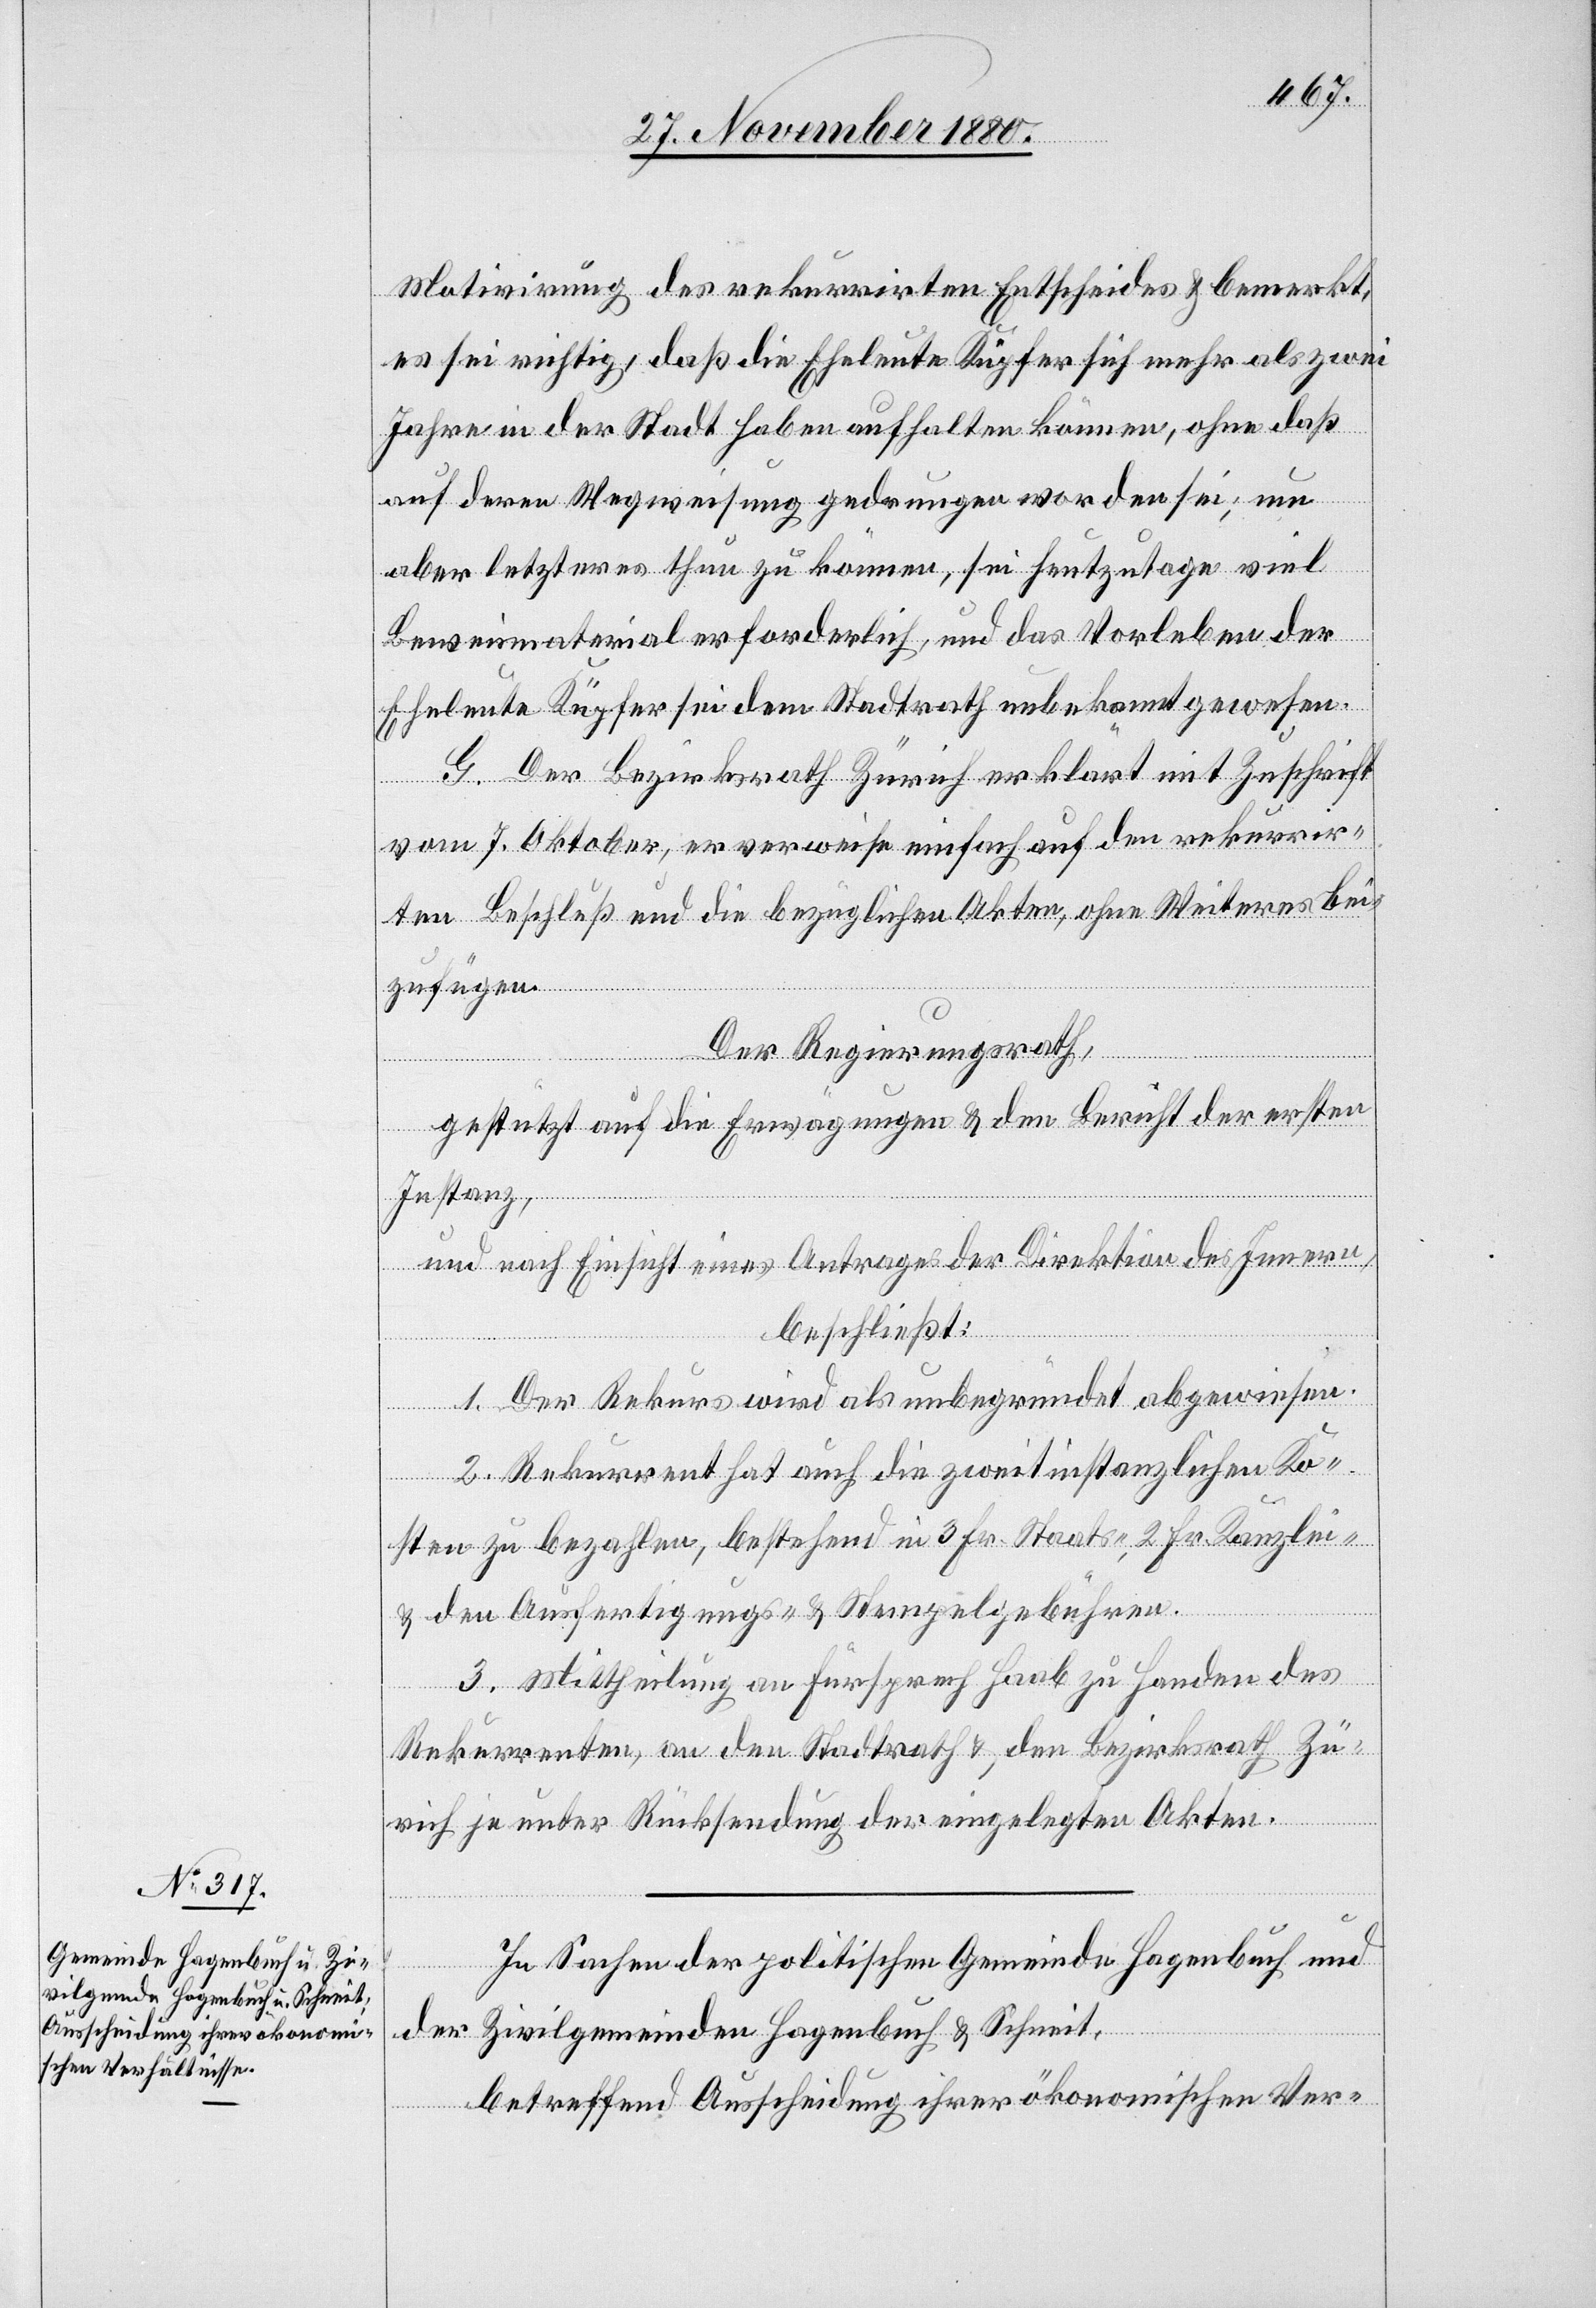
Motivirung das rekurrirten Entscheides & bemerkt,
es sei richtig, daß die Eheleute Küpfer sich mehr als zwei
Jahre in der Stadt haben aufhalten können, ohne daß
auf deren Wegweisung gedrungen worden sei; um
aber letzteres thun zu können, sei heutzutage viel
Beweismaterial erforderlich, und das Vorleben der
Eheleute Küpfer sei dem Stadtrath unbekannt gewesen.
G. Der Bezirksrath Zürich erklärt mit Zuschrift
vom 7. Oktober, er verweise einfach auf den rekurrir¬
ten Beschluß und die bezüglichen Akten, ohne Weiteres bei¬
zufügen.
Der Regierungsrath,
gestützt auf die Erwägungen & den Bericht der ersten
Instanz,
und nach Einsicht eins Antrages der Direktion des Innern,
beschließt:
1. Der Rekurs wird als unbegründet abgewiesen.
2. Rekurrent hat auch die zweitinstanzlichen Ko¬
sten zu bezahlen, bestehend in 3 Fr. Staats-, 2 Fr. Kanzlei-
& den Ausfertigungs- & Stempelgebühren.
3. Mittheilung an Fürsprech Haab zu Handen des
Rekurrenten, an den Stadtrath & den Bezirksrath Zü¬
rich je unter Rücksendung der eingelegten Akten.
In Sachen der politischen Gemeinde Hagenbuch und
der Zivilgemeinde Hagenbuch & Schneit,
betreffend Ausscheidung ihrer ökonomischen Ver-